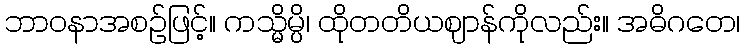
ဘာဝနာအစဉ်ဖြင့်။ ကသ္မိမ္ပိ၊ ထိုတတိယဈာန်ကိုလည်း။ အဓိဂတေ၊